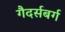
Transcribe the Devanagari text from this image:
गैदर्सबर्ग